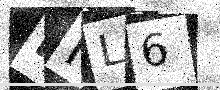
Text: NFL6